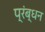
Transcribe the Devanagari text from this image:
प्रंब्धन